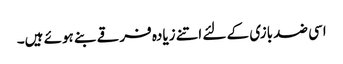
اسی ضد بازی کے لئے اتنے زیادہ فرقے بنے ہوئے ہیں۔